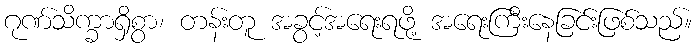
ဂုဏ်သိက္ခာရှိစွာ၊ တန်းတူ အခွင့်အရေးရဖို့ အရေးကြီးနေခြင်းဖြစ်သည်။